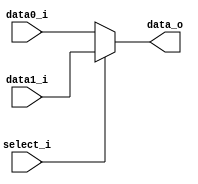
//Subject:     CO project 2 - MUX 221
//--------------------------------------------------------------------------------
//Version:     1
//--------------------------------------------------------------------------------
//Writer:      
//----------------------------------------------
//Date:        
//----------------------------------------------
//Description: 
//--------------------------------------------------------------------------------
     
module MUX_3to1(
               data0_i,
               data1_i,
               select_i,
               data_o
               );

parameter size = 32;			   
			
//I/O ports               
input   [size-1:0] data0_i;          
input   [size-1:0] data1_i;
input              select_i;
output  [size-1:0] data_o; 

//Internal Signals
reg     [size-1:0] data_o;

//Main function
always @(data0_i or data1_i or select_i) begin

	if(select_i==0)

	     data_o <= data0_i;

   else 		  

	    data_o <= data1_i;

	

end




endmodule